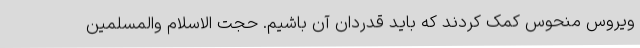
ویروس منحوس کمک کردند که باید قدردان آن باشیم. حجت الاسلام والمسلمین